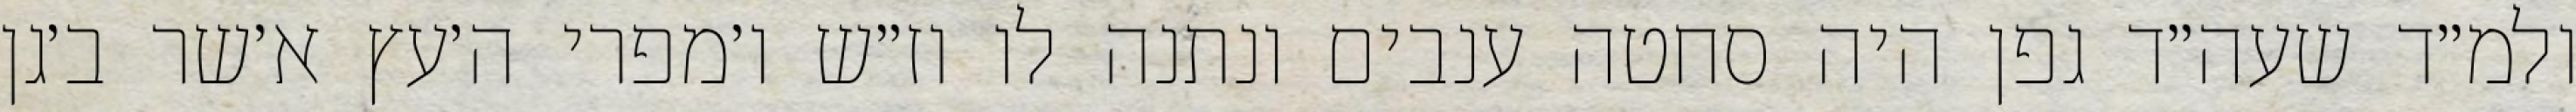
ולמ״ד שעה״ד גפן היה סחטה ענבים ונתנה לו וז״ש ו׳מפרי ה׳עץ א׳שר ב׳גן